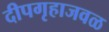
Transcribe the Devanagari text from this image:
दीपगृहाजवळ